Report of the Indian Hemp Drugs Commission, 1894-1895 - Volume II
Year: 1894
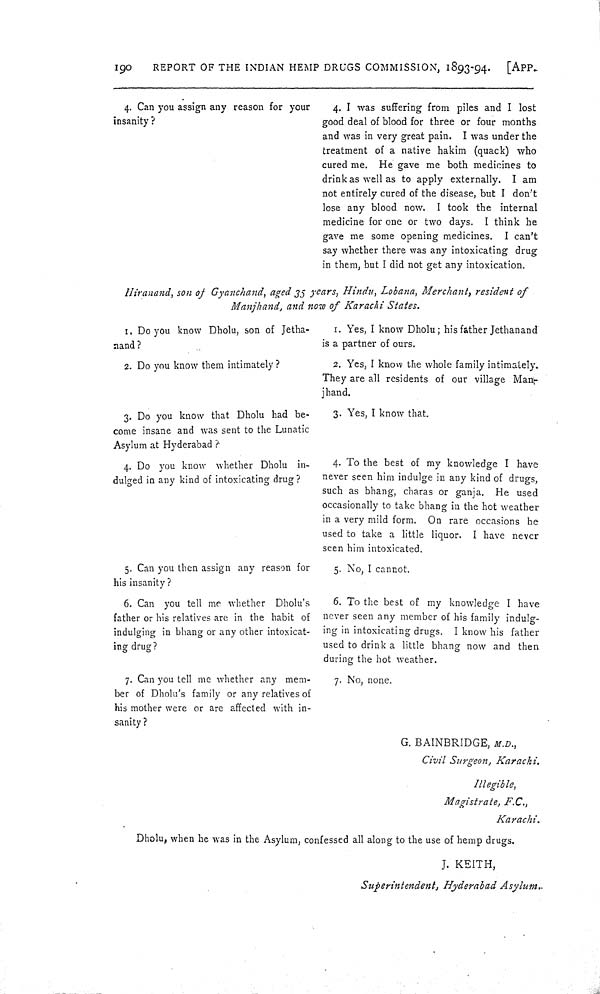
190
REPORT OF THE INDIAN HEMP DRUGS COMMISSION, 1893-94.
[APP.
4. Can you assign any reason for your
4. I was suffering from piles and I lost
insanity?
good deal of blood for three or four months
and was in very great pain. I was under the
treatment of a native hakim (quack) who
cured me. He gave me both medicines to
drink as well as to apply externally. I am
not entirely cured of the disease, but I don't
lose any blood now. I took the internal
medicine for one or two days. I think he
gave me some opening medicines. I can't
say whether there was any intoxicating drug
in them, but I did not get any intoxication.
Hiranand, son of Gyanchand, aged 35 years, Hindu, Lobana, Merchant, resident of
Manjhand, and now of Karachi States.
1. Do you know Dholu, son of Jetha-
1. Yes, I know Dholu; his father Jethanand
nand?
is a partner of ours.
2. Do you know them intimately?
2. Yes, I know the whole family intimately.
They are all residents of our village Man-
jhand.
3. Do you know that Dholu had be-
3. Yes, I know that.
come insane and was sent to the Lunatic
Asylum at Hyderabad?
4. Do you know whether Dholu in-
4. To the best of my knowledge I have
dulged in any kind of intoxicating drug?
never seen him indulge in any kind of drugs,
such as bhang, charas or ganja. He used
occasionally to take bhang in the hot weather
in a very mild form. On rare occasions he
used to take a little liquor. I have never
seen him intoxicated.
5. Can you then assign any reason for
5. No, I cannot.
his insanity?
6. Can you tell me whether Dholu's
6. To the best of my knowledge I have
father or his relatives are in the habit of never seen any member of his family indulg-
indulging in bhang or any other intoxicat- ing in intoxicating drugs. I know his father
ing drug?
used to drink a little bhang now and then
during the hot weather.
7. Can you tell me whether any mem-
7. No, none.
ber of Dholu's family or any relatives of
his mother were or are affected with in-
sanity?
G. BAINBRIDGE, M.D.,
Civil Surgeon, Karachi.
Illegible,
Magistrate, F.C.,
Karachi.
Dholu, when he was in the Asylum, confessed all along to the use of hemp drugs.
J. KEITH,
Superintendent, Hyderabad Asylum.